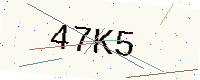
Text: 47K5